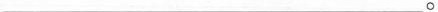
___。